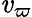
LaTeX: \mathit{v}_{\varpi}